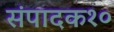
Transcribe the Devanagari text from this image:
संपादक१०